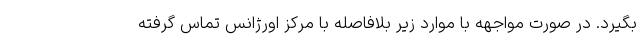
بگیرد. در صورت مواجهه با موارد زیر بلافاصله با مرکز اورژانس تماس گرفته